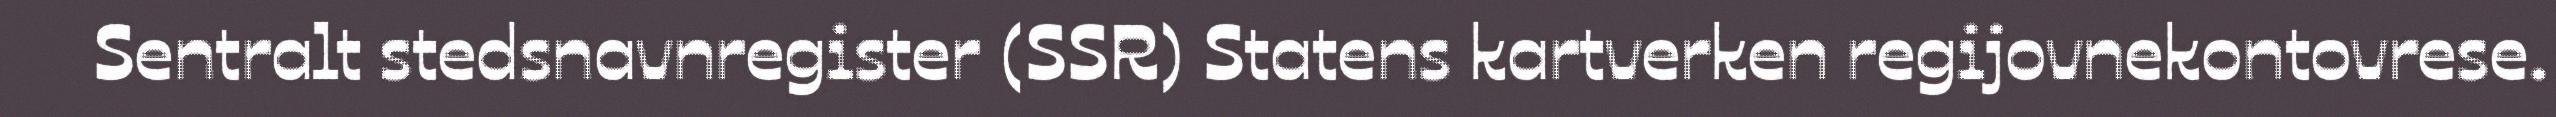
Sentralt stedsnavnregister (SSR) Statens kartverken regijovnekontovrese.